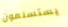
يستسلمون